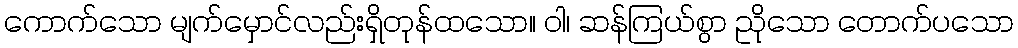
ကောက်သော မျက်မှောင်လည်းရှိတုန်ထသော။ ဝါ၊ ဆန်ကြယ်စွာ ညိုသော တောက်ပသော